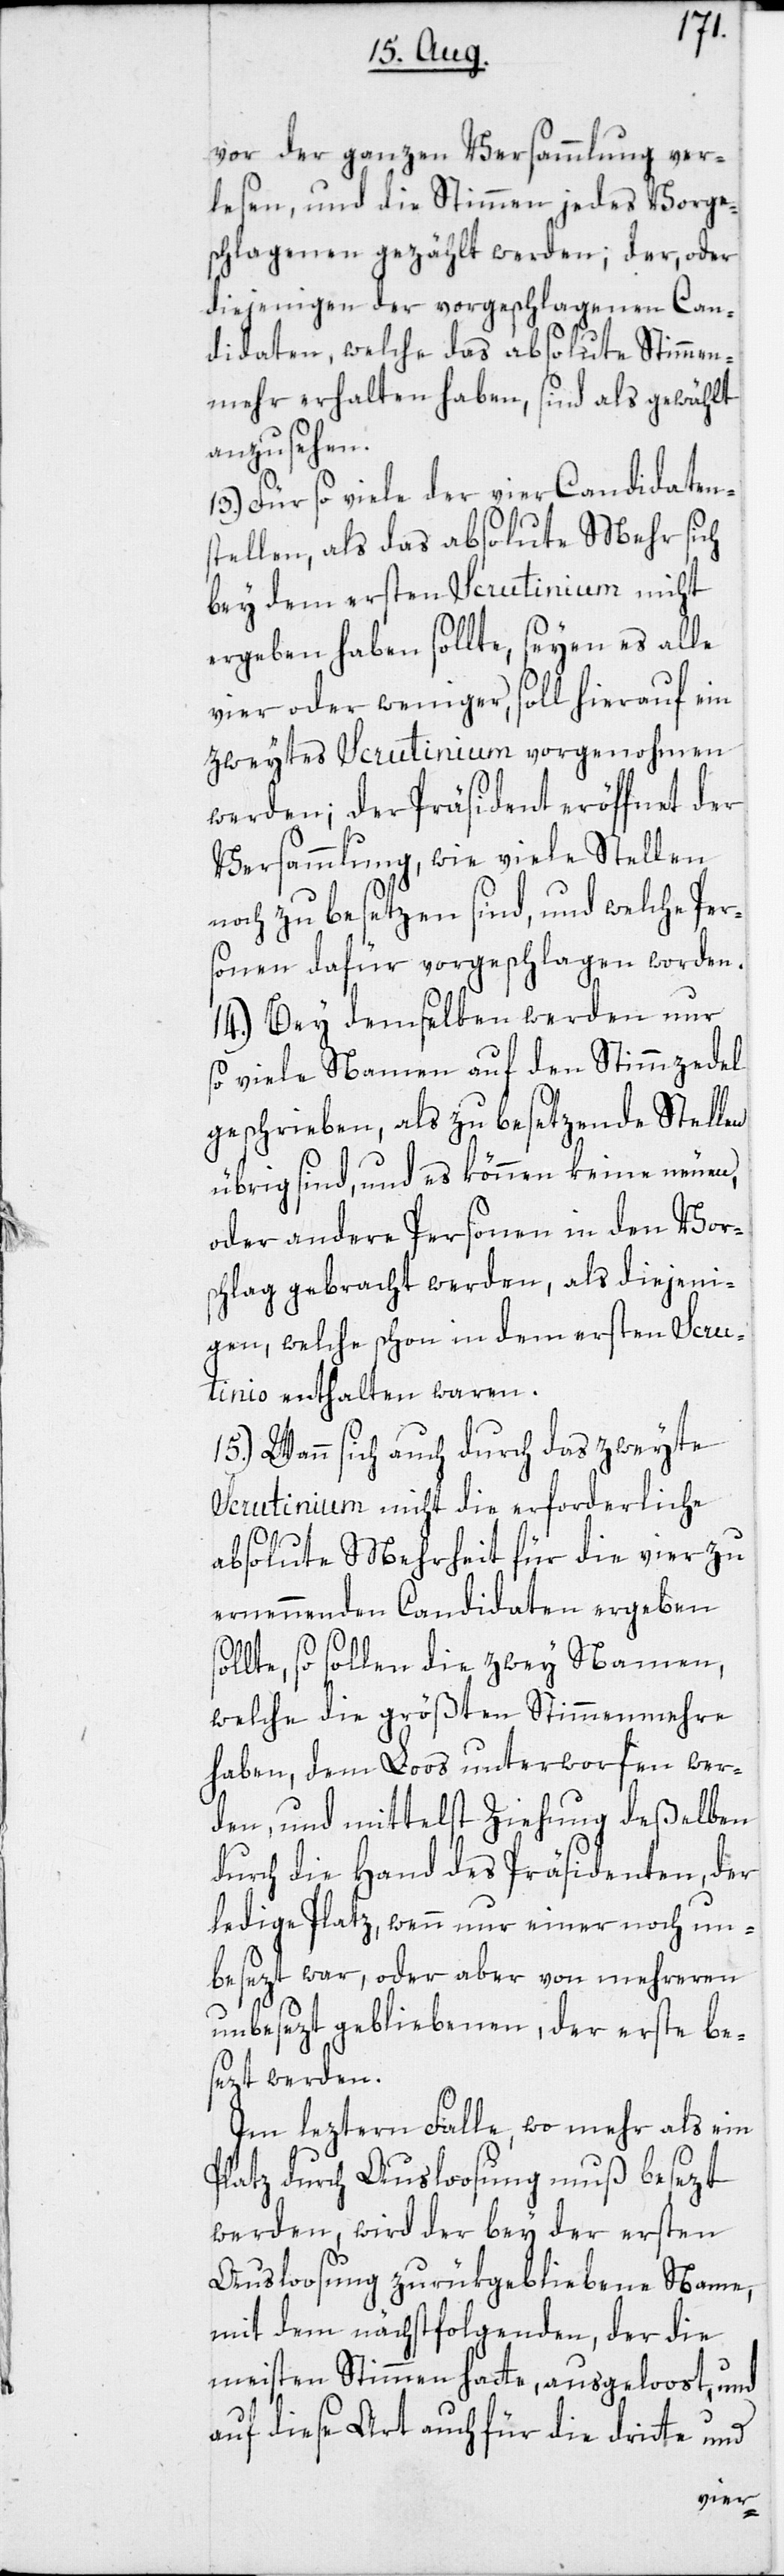
vor der ganzen Versammlung ver¬
lesen, und die Stimmen jedes Vorge¬
schlagenen gezählt werden; der, oder
diejenigen der vorgeschlagenen Can¬
didaten, welche das absolute Stimmen¬
mehr erhalten haben, sind als gewählt
anzusehen.
13.) Für so viele der vier Candidaten¬
stellen, als das absolute Mehr sich
bey dem ersten Scrutinium nicht
ergeben haben sollte, seyen es alle
vier oder weniger, soll hierauf ein
zweytes Scrutinium vorgenohmen
werden; der Präsident eröffnet der
Versammlung, wie viele Stellen
noch zu besetzen sind, und welche Per¬
sonen dafür vorgeschlagen worden.
14.) Bey demselben werden nur
so viele Namen auf den Stimmzedel
geschrieben, als zu besetzende Stellen
übrig sind, und es können keine neuen,
oder andere Personen in den Vor¬
schlag gebracht werden, als diejeni¬
gen, welche schon in dem ersten Sc¬
rutinio enthalten waren.
15.) Wann sich auch durch das zweyte
Scrutinium nicht die erforderliche
sol¬
absolute Mehrheit für die vier zu
ernennenden Candidaten ergeben
lte, so sollen die zwey Namen,
welche die größten Stimmenmehre
haben, dem Loos unterworfen wer¬
den, und mittelst Ziehung deßelben
durch die Hand des Präsidenten, der
ledige Platz, wenn nur einer noch un¬
besezt war, oder aber von mehreren
unbesezt gebliebenen, der erste be¬
sezt werden.
Im leztern Falle, wo mehr als ein
Platz durch Ausloosung muß besezt
werden, wird der bey der ersten
Ausloosung zurükgebliebene Name,
mit dem nächstfolgenden, der die
meisten Stimmen hatte, ausgeloost, und
auf diese Art auch für die dritte und